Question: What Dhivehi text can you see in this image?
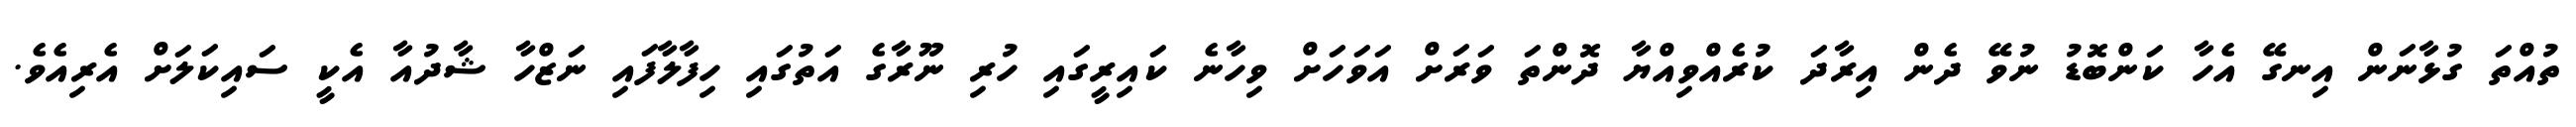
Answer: ތުއްތަ ގުޅާނަން އިނގޭ އެހާ ކަންބޮޑު ނުވޭ ދެން އިރާދަ ކުރެއްވިއްޔާ ދޮންތަ ވަރަށް އަވަހަށް ވިހާނެ ކައިރީގައި ހުރި ނޫރާގެ އަތުގައި ހިފާލާފައި ނަޒްހާ ޝާދުއާ އެކީ ސައިކަލަށް އެރިއެވެ.